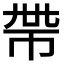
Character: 𢂸